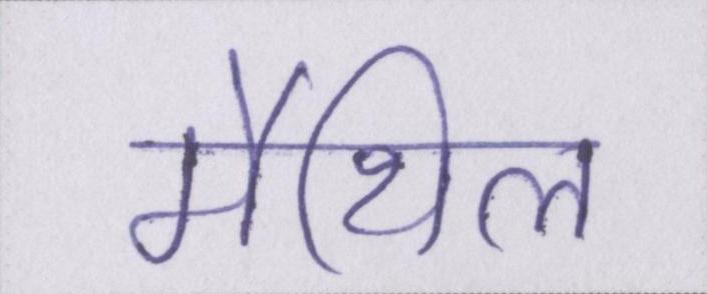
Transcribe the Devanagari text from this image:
मैथिल